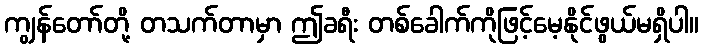
ကျွန်တော်တို့ တသက်တာမှာ ဤခရီး တစ်ခေါက်ကိုဖြင့်မေ့နိုင်ဖွယ်မရှိပါ။